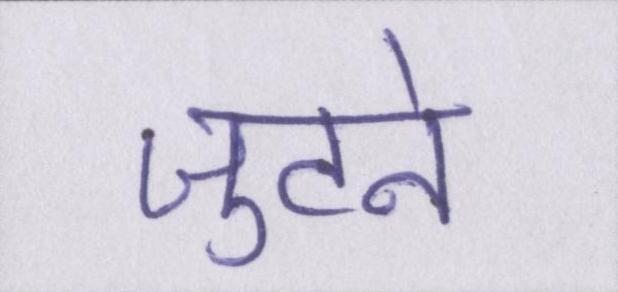
जुटने